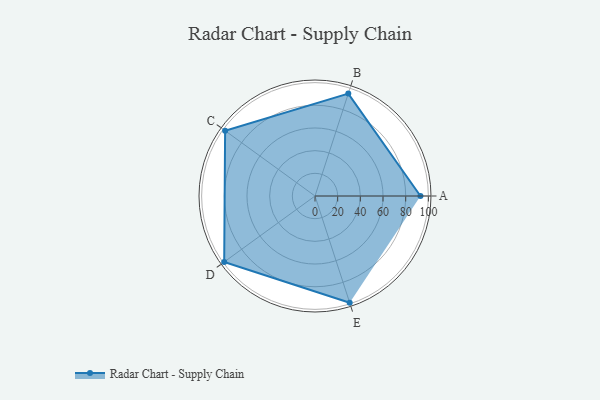
{"axis": {"x": "Skill", "y": "Score"}, "legend": ["Profile"], "data": [{"x": "A", "y": 93.0, "type": "Profile"}, {"x": "B", "y": 95.0, "type": "Profile"}, {"x": "C", "y": 98.0, "type": "Profile"}, {"x": "D", "y": 99, "type": "Profile"}, {"x": "E", "y": 99, "type": "Profile"}]}